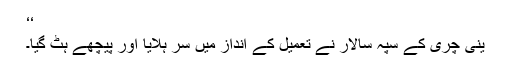
‘‘
ینی چری کے سپہ سالار نے تعمیل کے انداز میں سر ہلایا اور پیچھے ہٹ گیا۔